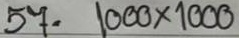
57 = 1000 x 1000